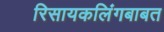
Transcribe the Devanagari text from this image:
रिसायकलिंगबाबत